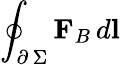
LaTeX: \oint_{\scriptstyle\partial\, \Sigma}\textbf{F}_{B}\, d\textbf{l}